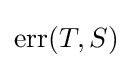
\operatorname {err} (T,S)